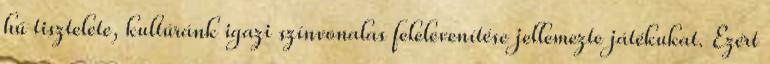
hű tisztelete, kultúránk igazi színvonalas felelevenítése jellemezte játékukat. Ezért